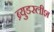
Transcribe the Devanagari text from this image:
ब्र्युडरलीश